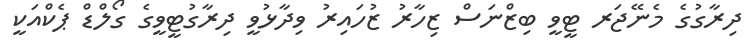
ދިރާގުގެ މެނޭޖަރ ޓީވީ ބިޒްނަސް ޒިހާރު ޒުހައިރު ވިދާޅުވީ ދިރާގުޓީވީގެ ގޯލްޑް ޕެކްއަކީ